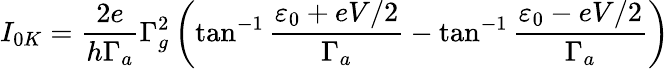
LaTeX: I_{0K}=\frac{2e}{h\Gamma_{a}}\Gamma_{g}^{2}\left(\tan^{-1}\frac{\varepsilon_{0}+eV/2}{\Gamma_{a}}-\tan^{-1}\frac{\varepsilon_{0}-eV/2}{\Gamma_{a}}\right)